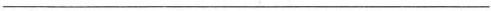
___